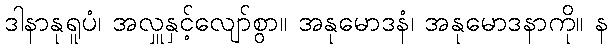
ဒါနာနုရူပံ၊ အလှူနှင့်လျော်စွာ။ အနုမောဒနံ၊ အနုမောဒနာကို။ န